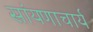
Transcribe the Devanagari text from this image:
सांयणाचार्य